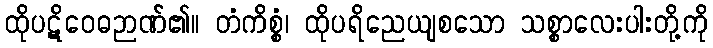
ထိုပဋိဝေဓဉာဏ်၏။ တံကိစ္စံ၊ ထိုပရိညေယျစသော သစ္စာလေးပါးတို့ကို